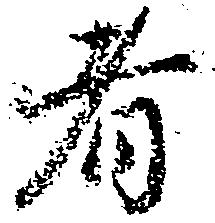
者